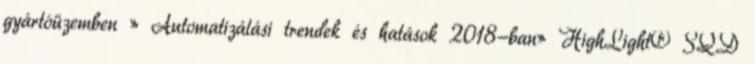
gyártóüzemben » Automatizálási trendek és hatások 2018-ban» HighLight® SQD